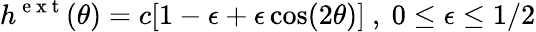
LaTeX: h^{\mathrm{~e~x~t~}}(\theta)=c[1-\epsilon+\epsilon\cos(2\theta)]\ ,\ 0\leq\epsilon\leq 1/2